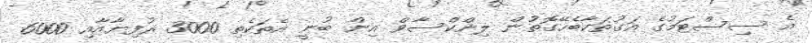
އެ ސިސްޓަމުގެ އަގުތަކާބެހޭގޮތުން ލިންކްސާވް އިން ބުނީ އެތަކެތި 3000 ރުފިޔާއާއި 6000